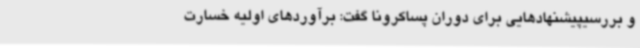
و بررسیپیشنهادهایی برای دوران پساکرونا گفت: برآوردهای اولیه خسارت